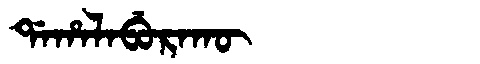
Manchu: ᡩᠠᡥᠠᠯᠠᠪᡠᡵᠠᡴᡡ
Romanization: DAHALABURAKŪ